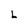
Character: L